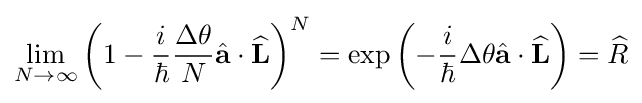
\lim _{N\to \infty }\left(1-{\frac {i}{\hbar }}{\frac {\Delta \theta }{N}}{\hat {\mathbf {a} }}\cdot {\widehat {\mathbf {L} }}\right)^{N}=\exp \left(-{\frac {i}{\hbar }}\Delta \theta {\hat {\mathbf {a} }}\cdot {\widehat {\mathbf {L} }}\right)={\widehat {R}}